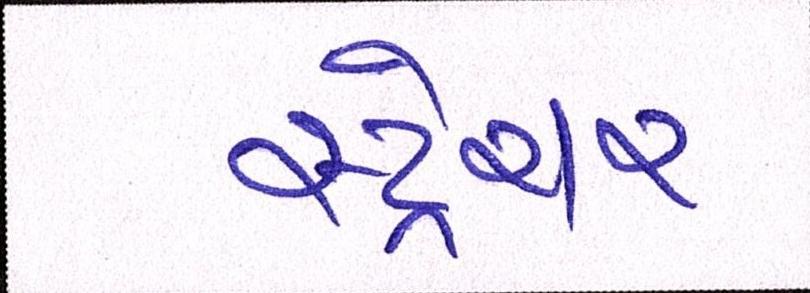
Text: સ્ટ્રેચર